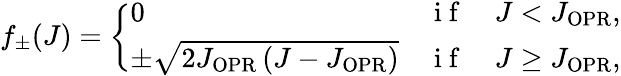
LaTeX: f_{\pm}(J)=\left\{ \begin{array}{ll}{0}&{\mathrm{~i~f~}\quad J<J_{\mathrm{OPR}},}\\ {\pm\sqrt{2J_{\mathrm{OPR}}\left(J-J_{\mathrm{OP\mathrm{R}}}\right)}}&{\mathrm{~i~f~}\quad J\geq J_{\mathrm{OPR}},}\end{array}\right.